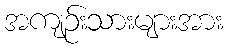
အကျဉ်းသားများအား